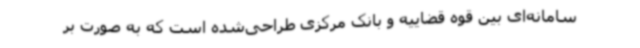
سامانه‌ای بین قوه قضاییه و بانک مرکزی طراحی‌شده است که به صورت بر